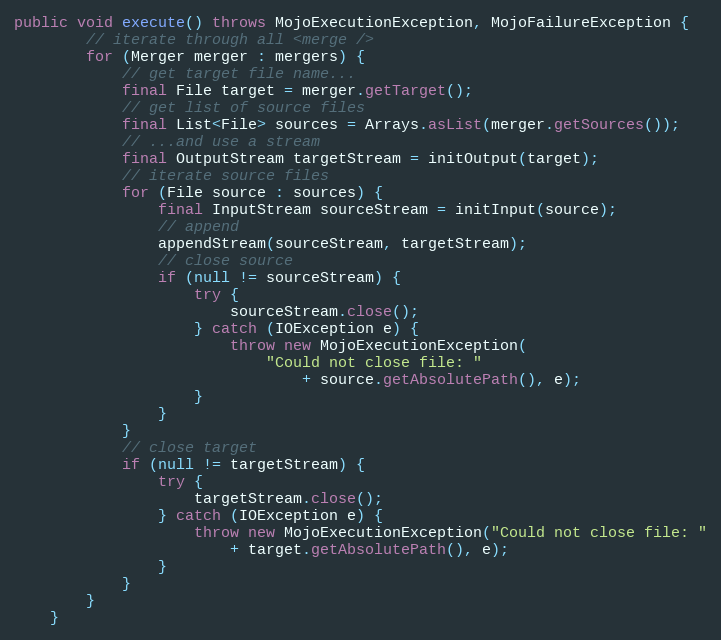
Language: Java
public void execute() throws MojoExecutionException, MojoFailureException {
        // iterate through all <merge />
        for (Merger merger : mergers) {
            // get target file name...
            final File target = merger.getTarget();
            // get list of source files
            final List<File> sources = Arrays.asList(merger.getSources());
            // ...and use a stream
            final OutputStream targetStream = initOutput(target);
            // iterate source files
            for (File source : sources) {
                final InputStream sourceStream = initInput(source);
                // append
                appendStream(sourceStream, targetStream);
                // close source
                if (null != sourceStream) {
                    try {
                        sourceStream.close();
                    } catch (IOException e) {
                        throw new MojoExecutionException(
                            "Could not close file: "
                                + source.getAbsolutePath(), e);
                    }
                }
            }
            // close target
            if (null != targetStream) {
                try {
                    targetStream.close();
                } catch (IOException e) {
                    throw new MojoExecutionException("Could not close file: "
                        + target.getAbsolutePath(), e);
                }
            }
        }
    }